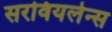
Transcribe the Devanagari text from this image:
सरवियलेन्स